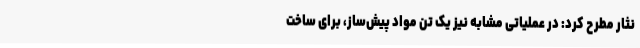
نثار مطرح کرد: در عملیاتی مشابه نیز یک تن مواد پیش‌ساز، برای ساخت